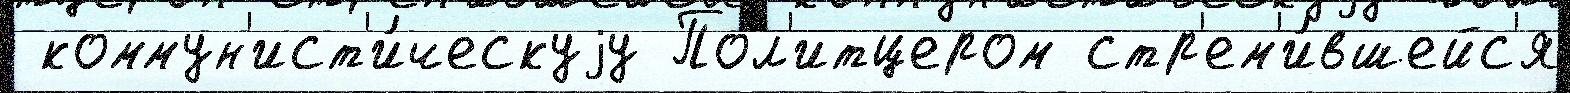
 коммун'ист'и́ческуjу Пол'итцером стр'ем'и́вшейс'я